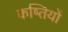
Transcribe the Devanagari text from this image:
कष्तियों